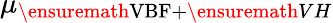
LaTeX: \mu_{\ensuremath{\mathrm{VBF}}+\ensuremath{VH}}